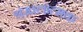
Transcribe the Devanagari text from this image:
श्रंखलात्मक